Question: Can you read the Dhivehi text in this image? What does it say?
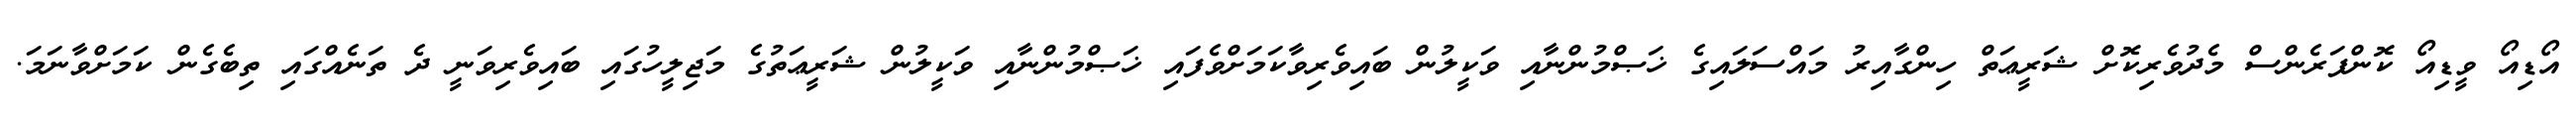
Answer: އޯޑިއޯ ވީޑިއޯ ކޮންފަރެންސް މެދުވެރިކޮށް ޝަރީޢަތް ހިންގާއިރު މައްސަލައިގެ ޚަޞްމުންނާއި ވަކީލުން ބައިވެރިވާކަމަށްވެފައި ޚަޞްމުންނާއި ވަކީލުން ޝަރީޢަތުގެ މަޖިލީހުގައި ބައިވެރިވަނީ ދެ ތަނެއްގައި ތިބެގެން ކަމަށްވާނަމަ.